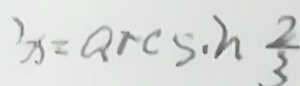
x = \arcsin \frac { 2 } { 3 }